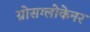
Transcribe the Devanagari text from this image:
ग्रोसग्लोकेनर